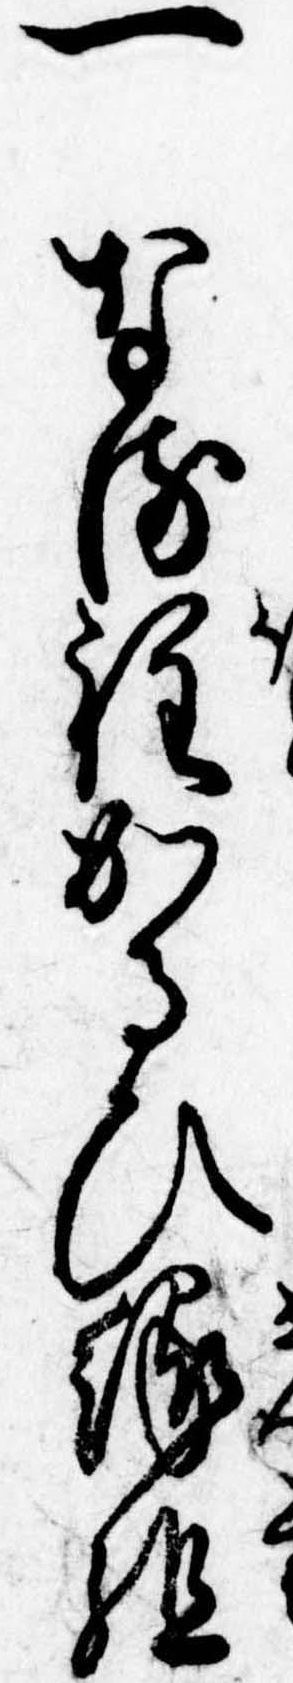
一なる程かるひ縁組